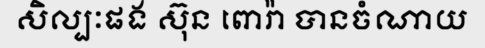
សិល្បៈផង ស៊ុន ពោរ៉ា បានចំណាយ